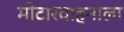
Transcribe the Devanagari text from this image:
मोटारवाहनाला